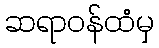
ဆရာဝန်ထံမှ